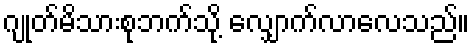
ဂျုတ်မိသားစုဘက်သို့ လျှောက်လာလေသည်။